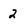
Character: 2